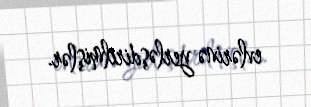
evlərinə yerləşdirilmişlər.